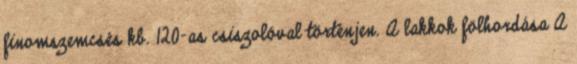
finomszemcsés kb. 120-as csiszolóval történjen. A lakkok fölhordása A